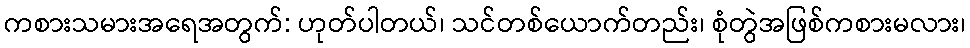
ကစားသမားအရေအတွက်: ဟုတ်ပါတယ်၊ သင်တစ်ယောက်တည်း၊ စုံတွဲအဖြစ်ကစားမလား၊